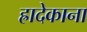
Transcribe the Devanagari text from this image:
ह्रादेकाना